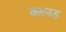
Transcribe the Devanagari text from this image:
क्लाउड़